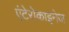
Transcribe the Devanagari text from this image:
एंटेरोकाइनेज